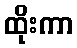
ထိုးကာ